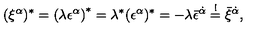
( \xi ^ { \alpha } ) ^ { * } = \left( \lambda \epsilon ^ { \alpha } \right) ^ { * } = \lambda ^ { * } ( \epsilon ^ { \alpha } ) ^ { * } = - \lambda \bar { \epsilon } ^ { \dot { \alpha } } \stackrel { ! } { = } \bar { \xi } ^ { \dot { \alpha } } ,